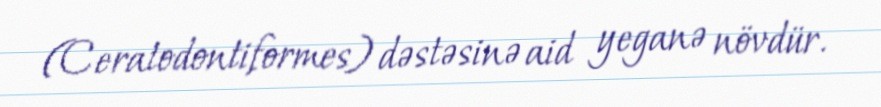
(Ceratodontiformes) dəstəsinə aid yeganə növdür.